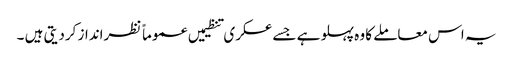
یہ اس معاملے کا وہ پہلو ہے جسے عسکری تنظیمیں عموماً نظرانداز کردیتی ہیں ۔